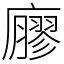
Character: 廫